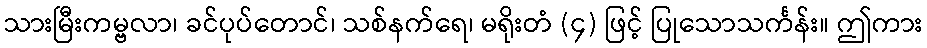
သားမြီးကမ္ဗလာ၊ ခင်ပုပ်တောင်၊ သစ်နက်ရေ၊ မရိုးတံ (၄) ဖြင့် ပြုသောသင်္ကန်း။ ဤကား